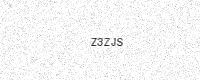
Text: Z3ZJS